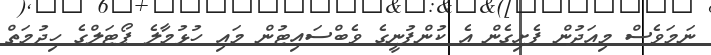
ނަމަވެސް މިއަދުން ފެށިގެން އެ ކުންފުނީގެ ވެބްސައިޓުން މައި ހުޅުމާލެ ޕޯޓަލްގެ ހިދުމަތް